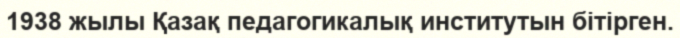
1938 жылы Қазақ педагогикалық институтын бітірген.